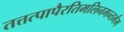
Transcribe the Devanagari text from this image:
तत्तत्पापैरतिमलिनमन्तर्मम